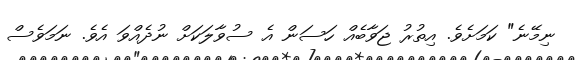
ނިމޭނެ" ކަމަށެވެ. އިތުރު ޖަވާބެއް ހަސަން އެ ސުވާލަކަށް ނުދެއްވަ އެވެ. ނަމަވެސް